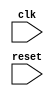
module loop_with_multiple_iterators (
    input wire clk,
    input wire reset
);

reg [3:0] iterator1;
reg [2:0] iterator2;
reg [1:0] iterator3;

always @(posedge clk or posedge reset) begin
    if (reset) begin
        iterator1 <= 0;
        iterator2 <= 0;
        iterator3 <= 0;
    end else begin
        // Update iterator1 independently
        if (iterator1 == 7) begin
            iterator1 <= 0;
        end else begin
            iterator1 <= iterator1 + 1;
        end
        
        // Update iterator2 independently
        if (iterator2 == 4) begin
            iterator2 <= 0;
        end else begin
            iterator2 <= iterator2 + 1;
        end
        
        // Update iterator3 independently
        if (iterator3 == 3) begin
            iterator3 <= 0;
        end else begin
            iterator3 <= iterator3 + 1;
        end
    end
end

endmodule